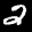
Label: 2